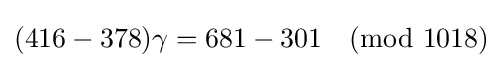
(416-378)\gamma =681-301{\pmod {1018}}